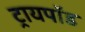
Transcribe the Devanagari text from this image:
ट्रायपाॅड